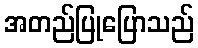
အတည်ပြုပြောသည်